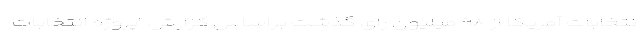
نتخابات آمریکا از ۹۸ میلیون رای گذشت براساس گزارش "پروژه انتخابات